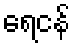
ရေငန်